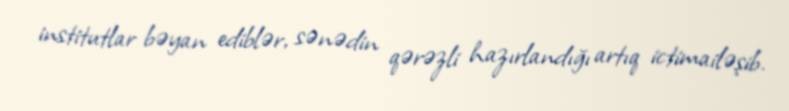
institutlar bəyan ediblər, sənədin qərəzli hazırlandığı artıq ictimailəşib.